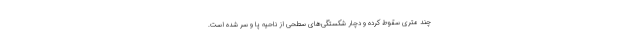
چند متری سقوط کرده و دچار شکستگی‌های سطحی از ناحیه پا و سر شده است.